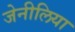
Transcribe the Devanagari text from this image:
जेनीलिया